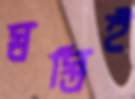
স্বস্তিই